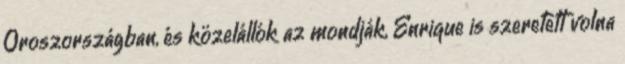
Oroszországban, és közelállók az mondják, Enrique is szeretett volna